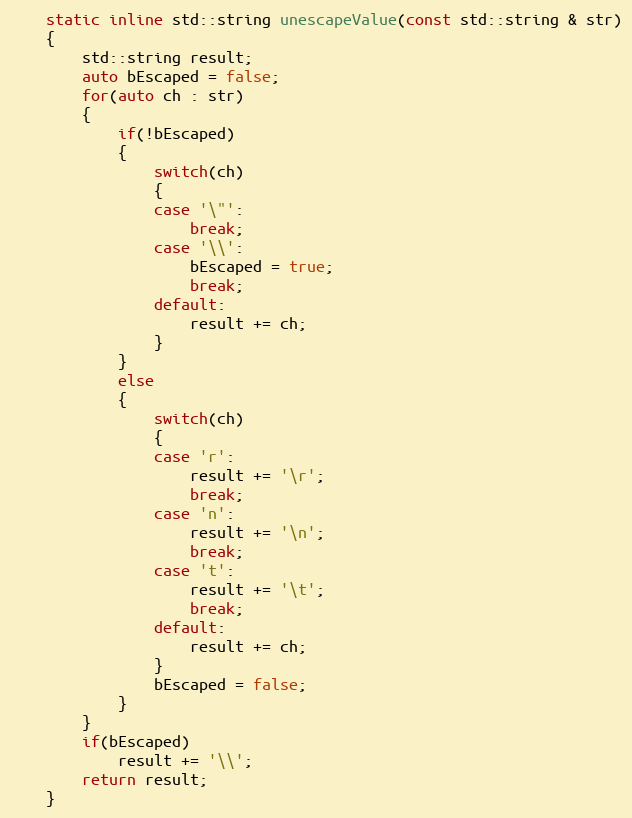
Language: C
    static inline std::string unescapeValue(const std::string & str)
    {
        std::string result;
        auto bEscaped = false;
        for(auto ch : str)
        {
            if(!bEscaped)
            {
                switch(ch)
                {
                case '\"':
                    break;
                case '\\':
                    bEscaped = true;
                    break;
                default:
                    result += ch;
                }
            }
            else
            {
                switch(ch)
                {
                case 'r':
                    result += '\r';
                    break;
                case 'n':
                    result += '\n';
                    break;
                case 't':
                    result += '\t';
                    break;
                default:
                    result += ch;
                }
                bEscaped = false;
            }
        }
        if(bEscaped)
            result += '\\';
        return result;
    }